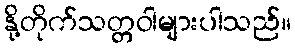
နို့တိုက်သတ္တဝါများပါသည်။